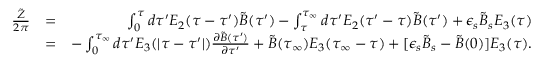
\begin{array} { r l r } { { \frac { \tilde { Z } } { 2 \pi } } } & { = } & { \int _ { 0 } ^ { \tau } d \tau ^ { \prime } E _ { 2 } ( \tau - \tau ^ { \prime } ) \tilde { B } ( \tau ^ { \prime } ) - \int _ { \tau } ^ { \tau _ { \infty } } d \tau ^ { \prime } E _ { 2 } ( \tau ^ { \prime } - \tau ) \tilde { B } ( \tau ^ { \prime } ) + \epsilon _ { s } \tilde { B } _ { s } E _ { 3 } ( \tau ) } \\ & { = } & { - \int _ { 0 } ^ { \tau _ { \infty } } d \tau ^ { \prime } E _ { 3 } ( \vert \tau - \tau ^ { \prime } \vert ) { \frac { \partial \tilde { B } ( \tau ^ { \prime } ) } { \partial \tau ^ { \prime } } } + \tilde { B } ( \tau _ { \infty } ) E _ { 3 } ( \tau _ { \infty } - \tau ) + [ \epsilon _ { s } \tilde { B } _ { s } - \tilde { B } ( 0 ) ] E _ { 3 } ( \tau ) . } \end{array}